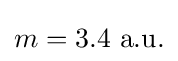
m=3.4~{\text{a.u.}}